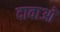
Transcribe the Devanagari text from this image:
दावाओ